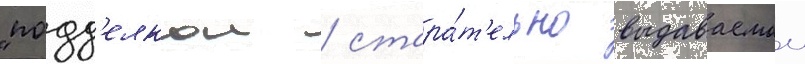
"подд'елкои / стара́т'ельно выдаваемои